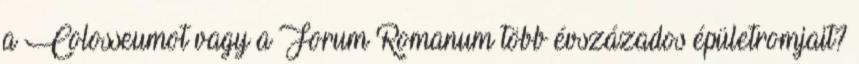
a Colosseumot vagy a Forum Romanum több évszázados épületromjait?